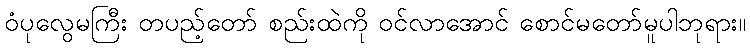
ဝံပုလွေမကြီး တပည့်တော် စည်းထဲကို ဝင်လာအောင် စောင်မတော်မူပါဘုရား။